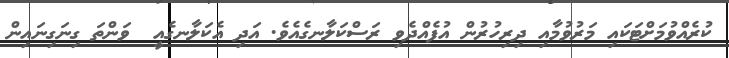
ކުރެއްވުމަށްޓަކައި މަރުވުމާއި ދިރިހުރުން އުފެއްދެވި ރަސްކަލާނގެއެވެ. އަދި އެކަލާނގެއީ  ވަންތަ ގިނަގިނައިން